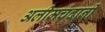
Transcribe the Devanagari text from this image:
अलीमचंदानी